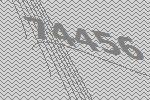
74456